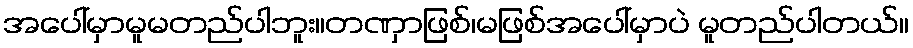
အပေါ်မှာမူမတည်ပါဘူး။တဏှာဖြစ်၊မဖြစ်အပေါ်မှာပဲ မူတည်ပါတယ်။